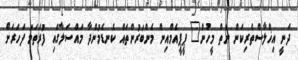
ދަނީ އިޚްލާސްތެރިކަން ނެތް މީހުން" ޕީޕީއެމްއިން މެންބަރުންތައް ކެނޑެމުންދާ މައްސަލާގައި ފުރަތަމަ ފަހަރަށް